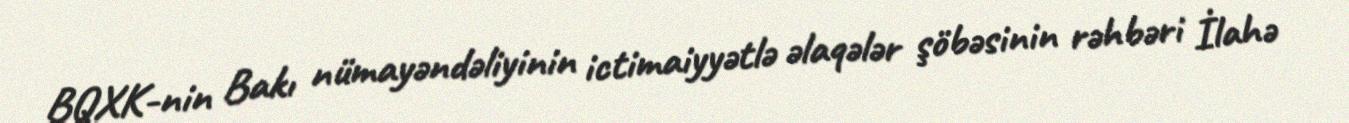
BQXK-nin Bakı nümayəndəliyinin ictimaiyyətlə əlaqələr şöbəsinin rəhbəri İlahə